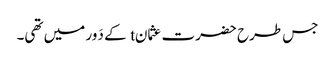
جس طرح حضرت عثمانt کے دَور میں تھی۔